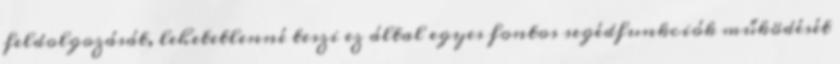
feldolgozását, lehetetlenné teszi ez által egyes fontos segédfunkciók működését